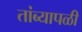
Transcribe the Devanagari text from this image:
तांब्यापळी